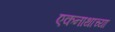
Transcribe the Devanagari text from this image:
एकनाथाच्या